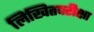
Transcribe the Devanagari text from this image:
लिखितपरीक्षा